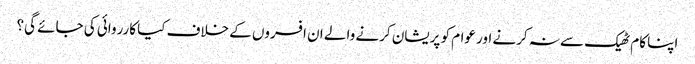
اپنا کام ٹھیک سے نہ کرنے اور عوام کو پریشان کرنے والے ان افسروں کے خلاف کیا کارروائی کی جائے گی؟